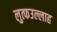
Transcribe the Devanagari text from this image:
लुत्फउल्लाह